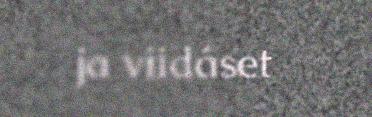
ja viidáset